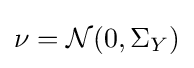
\nu ={\mathcal {N}}(0,\Sigma _{Y})